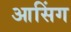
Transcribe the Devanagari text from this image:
आसिंग